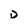
Character: D